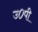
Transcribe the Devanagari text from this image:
उ०पी